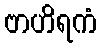
ဗာဟိရကံ